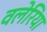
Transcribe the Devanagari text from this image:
वलेरिया